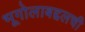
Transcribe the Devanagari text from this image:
भूगोलाबद्दलची